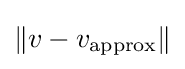
\|v-v_{\text{approx}}\|